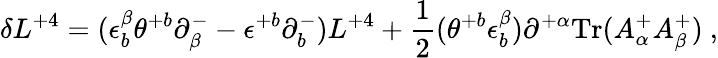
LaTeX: \delta L^{+4}=(\epsilon_{b}^{\beta}\theta^{+b}\partial_{\beta}^{-}-\epsilon^{+b}\partial_{b}^{-})L^{+4}+{\frac{1}{2}}(\theta^{+b}\epsilon_{b}^{\beta})\partial^{+\alpha}\mathrm{Tr}(A_{\alpha}^{+}A_{\beta}^{+})\ ,